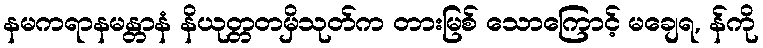
နမကရာနမန္တာနံ နိယုတ္တတမှိသုတ်က တားမြစ် သောကြောင့် မချေရ, န်ကို